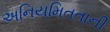
અનિયમિતતાની